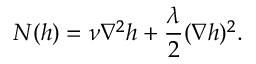
N ( h ) = \nu \nabla ^ { 2 } h + \frac { \lambda } { 2 } ( \nabla h ) ^ { 2 } .